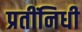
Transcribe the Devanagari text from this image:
प्रतींनिधी